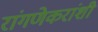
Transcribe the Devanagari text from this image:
रांगणेकरांशी